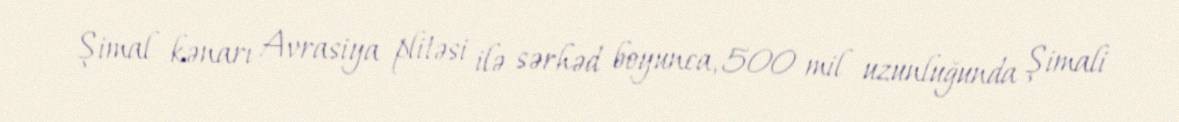
Şimal kənarı Avrasiya plitəsi ilə sərhəd boyunca, 500 mil uzunluğunda Şimali